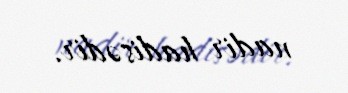
nadir hadisədir.